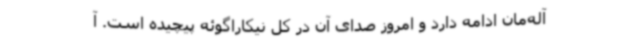
آله‌مان ادامه دارد و امروز صدای آن در کل نیکاراگوئه پیچیده است. آ